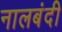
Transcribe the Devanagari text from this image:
नालबंदी